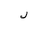
Letter: _lam